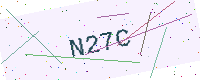
Text: N27C